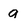
Character: a